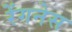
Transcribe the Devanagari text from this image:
रेंगनेस